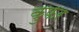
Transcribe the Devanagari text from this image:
कुफर